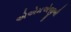
એએમએજીબી